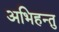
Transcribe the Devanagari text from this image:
अभिहन्तु